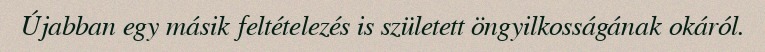
Újabban egy másik feltételezés is született öngyilkosságának okáról.